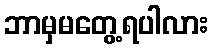
ဘာမှမတွေ့ရပါလား